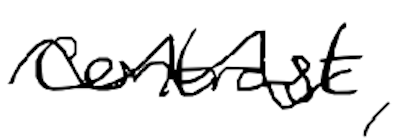
Text: contrast,
Cross-out: mix
Writing tool: digital_black